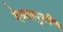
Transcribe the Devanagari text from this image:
देण्यापुरतीच